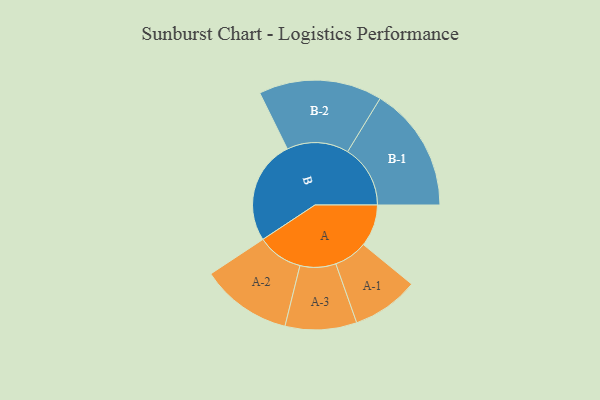
{"axis": {"x": "Segment", "y": "Value"}, "legend": ["", "A", "B"], "data": [{"x": "A", "y": 175, "type": ""}, {"x": "B", "y": 433, "type": ""}, {"x": "A-1", "y": 139, "type": "A"}, {"x": "A-2", "y": 190, "type": "A"}, {"x": "A-3", "y": 149, "type": "A"}, {"x": "B-1", "y": 261, "type": "B"}, {"x": "B-2", "y": 257, "type": "B"}]}